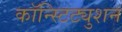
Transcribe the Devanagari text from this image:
कॉन्स्टिट्युशन